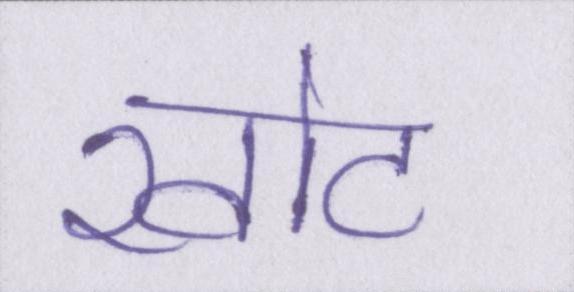
खोट